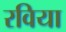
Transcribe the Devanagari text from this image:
रविया